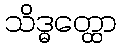
သိဒ္ဓတ္ထော